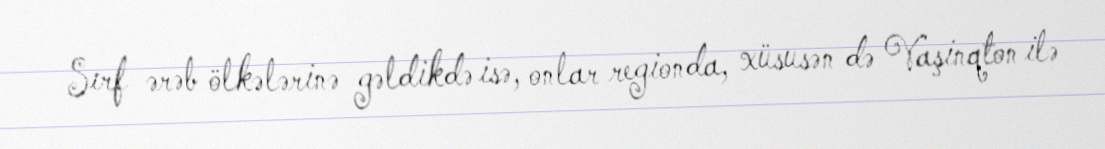
Sırf ərəb ölkələrinə gəldikdə isə, onlar regionda, xüsusən də Vaşinqton ilə